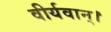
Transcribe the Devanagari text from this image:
वीर्यवान्।